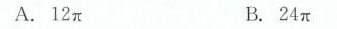
A.12π B.24π